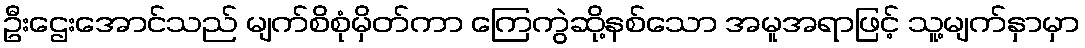
ဦးဌေးအောင်သည် မျက်စိစုံမှိတ်ကာ ကြေကွဲဆို့နစ်သော အမူအရာဖြင့် သူ့မျက်နှာမှာ